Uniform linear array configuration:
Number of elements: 48
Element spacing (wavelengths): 0.75
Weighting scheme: hamming
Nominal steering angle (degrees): -45
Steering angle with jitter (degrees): -46.838
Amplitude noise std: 0.05
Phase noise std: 0.05

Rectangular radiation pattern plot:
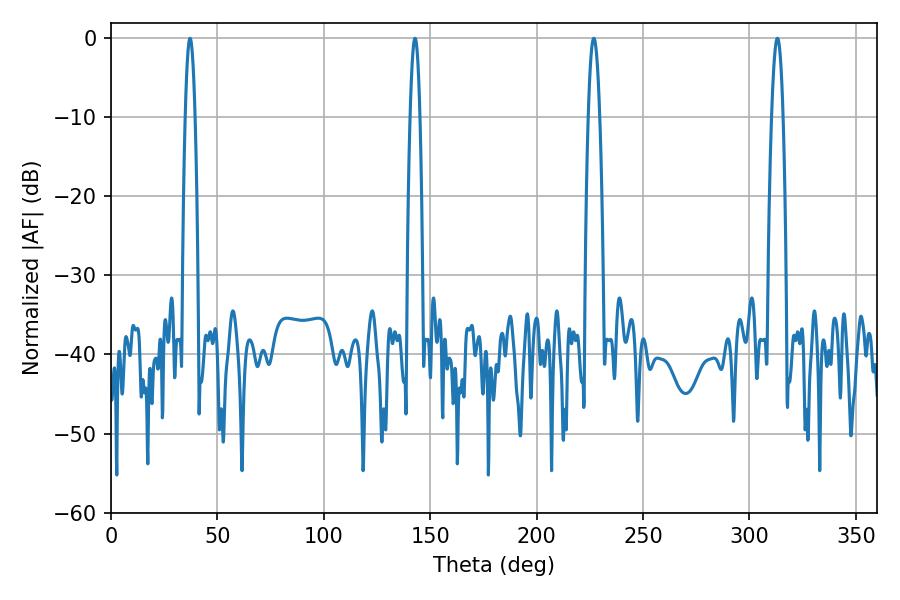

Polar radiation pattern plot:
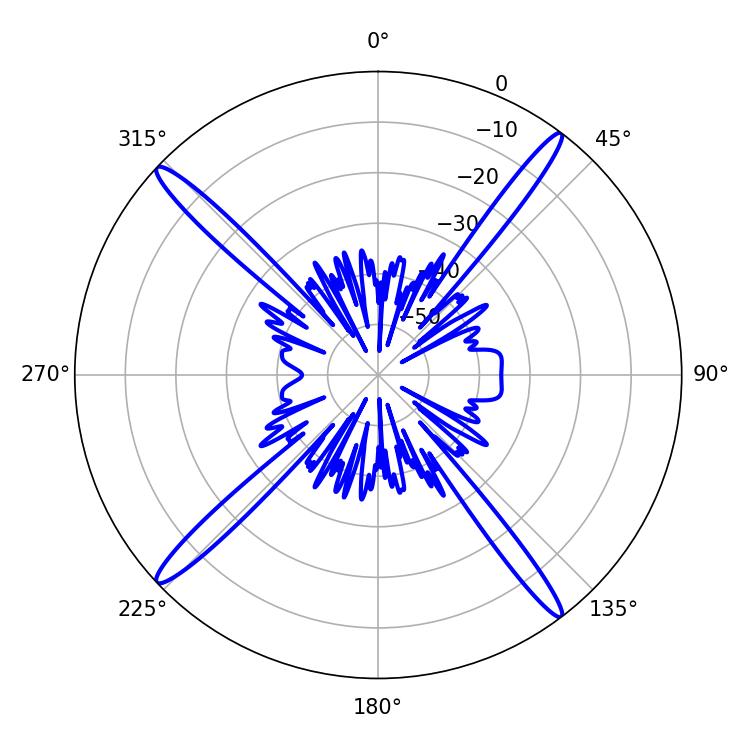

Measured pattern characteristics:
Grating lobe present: TRUE
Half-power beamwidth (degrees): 3.06
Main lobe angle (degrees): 226.8